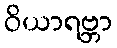
ဝိယာရဗ္ဘာ